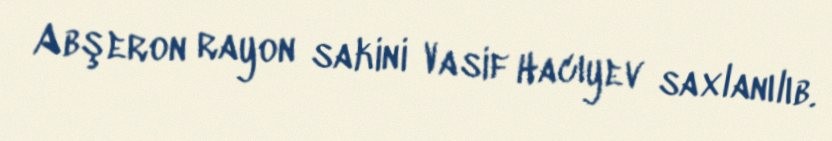
Abşeron rayon sakini Vasif Hacıyev saxlanılıb.